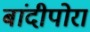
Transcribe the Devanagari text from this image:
बांदीपोरा